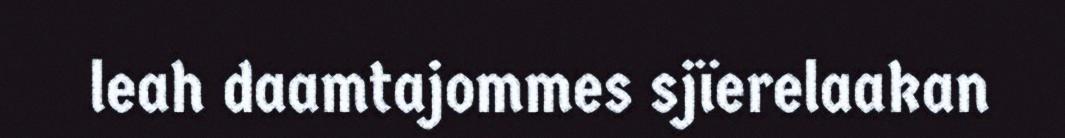
leah daamtajommes sjïerelaakan